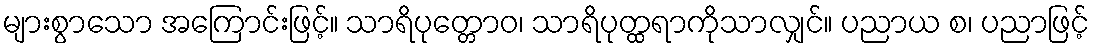
များစွာသော အကြောင်းဖြင့်။ သာရိပုတ္တောဝ၊ သာရိပုတ္ထရာကိုသာလျှင်။ ပညာယ စ၊ ပညာဖြင့်